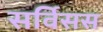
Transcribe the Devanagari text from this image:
सर्विसस